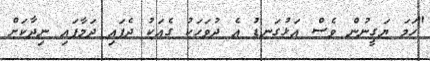
"ހަމަ ޔަގީނުން ވެސް އަޅުގަނޑު އެ ދުވަހަކު ގެއަކު ދެފައި ދަމާފައި ނިދާކަށް